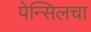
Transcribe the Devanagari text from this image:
पेन्सिलचा